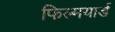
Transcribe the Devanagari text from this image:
फिल्मयार्ड